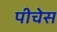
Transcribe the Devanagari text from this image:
पीचेस